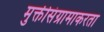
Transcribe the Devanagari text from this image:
मुक्तीसंग्रामाकरता